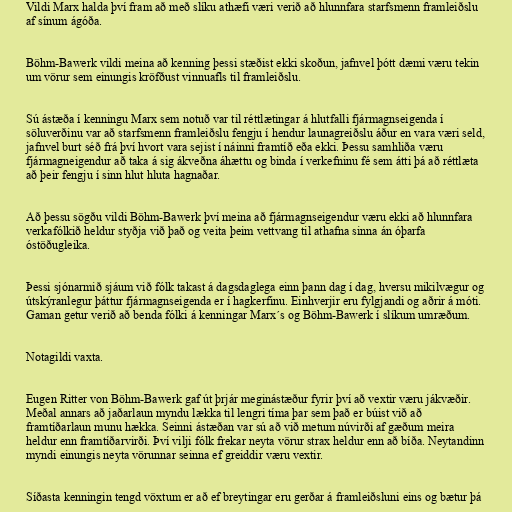
Vildi Marx halda því fram að með slíku athæfi væri verið að hlunnfara starfsmenn framleiðslu
af sínum ágóða.

Böhm-Bawerk vildi meina að kenning þessi stæðist ekki skoðun, jafnvel þótt dæmi væru tekin
um vörur sem einungis kröfðust vinnuafls til framleiðslu.

Sú ástæða í kenningu Marx sem notuð var til réttlætingar á hlutfalli fjármagnseigenda í
söluverðinu var að starfsmenn framleiðslu fengju í hendur launagreiðslu áður en vara væri seld,
jafnvel burt séð frá því hvort vara sejist í náinni framtíð eða ekki. Þessu samhliða væru
fjármagneigendur að taka á sig ákveðna áhættu og binda í verkefninu fé sem átti þá að réttlæta
að þeir fengju í sinn hlut hluta hagnaðar.

Að þessu sögðu vildi Böhm-Bawerk því meina að fjármagnseigendur væru ekki að hlunnfara
verkafólkið heldur styðja við það og veita þeim vettvang til athafna sinna án óþarfa
óstöðugleika.

Þessi sjónarmið sjáum við fólk takast á dagsdaglega einn þann dag í dag, hversu mikilvægur og
útskýranlegur þáttur fjármagnseigenda er í hagkerfinu. Einhverjir eru fylgjandi og aðrir á móti.
Gaman getur verið að benda fólki á kenningar Marx´s og Böhm-Bawerk í slíkum umræðum.

Notagildi vaxta.

Eugen Ritter von Böhm-Bawerk gaf út þrjár meginástæður fyrir því að vextir væru jákvæðir.
Meðal annars að jaðarlaun myndu lækka til lengri tíma þar sem það er búist við að
framtíðarlaun munu hækka. Seinni ástæðan var sú að við metum núvirði af gæðum meira
heldur enn framtíðarvirði. Því vilji fólk frekar neyta vörur strax heldur enn að bíða. Neytandinn
myndi einungis neyta vörunnar seinna ef greiddir væru vextir.

Síðasta kenningin tengd vöxtum er að ef breytingar eru gerðar á framleiðsluni eins og bætur þá